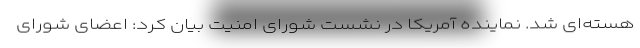
هسته‌ای شد. نماینده آمریکا در نشست شورای امنیت بیان کرد: اعضای شورای